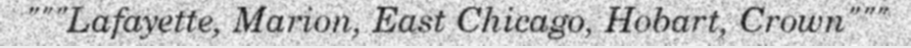
"""Lafayette, Marion, East Chicago, Hobart, Crown"""